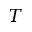
T